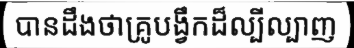
បានដឹងថាគ្រូបង្វឹកដ៏ល្បីល្បាញ